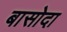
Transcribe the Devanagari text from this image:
बासोदा